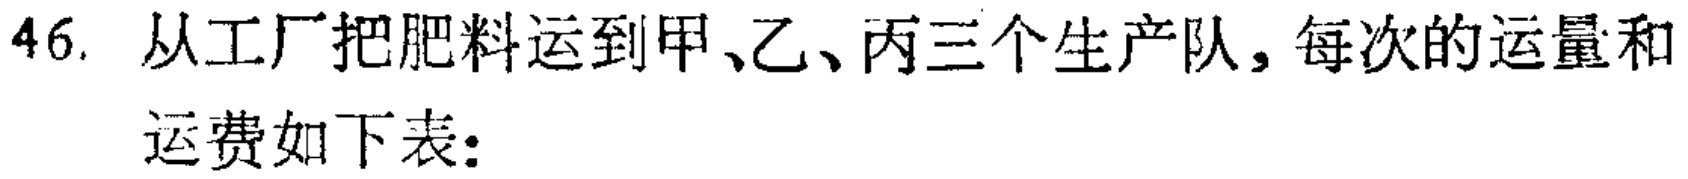
46. 从工厂把肥料运到甲、乙、丙三个生产队，每次的运量和
运费如下表：